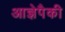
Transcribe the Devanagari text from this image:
आज्ञेपैकी